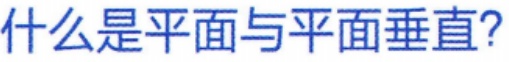
什么是平面与平面垂直?